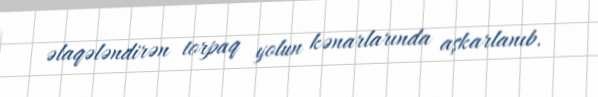
əlaqələndirən torpaq yolun kənarlarında aşkarlanıb.